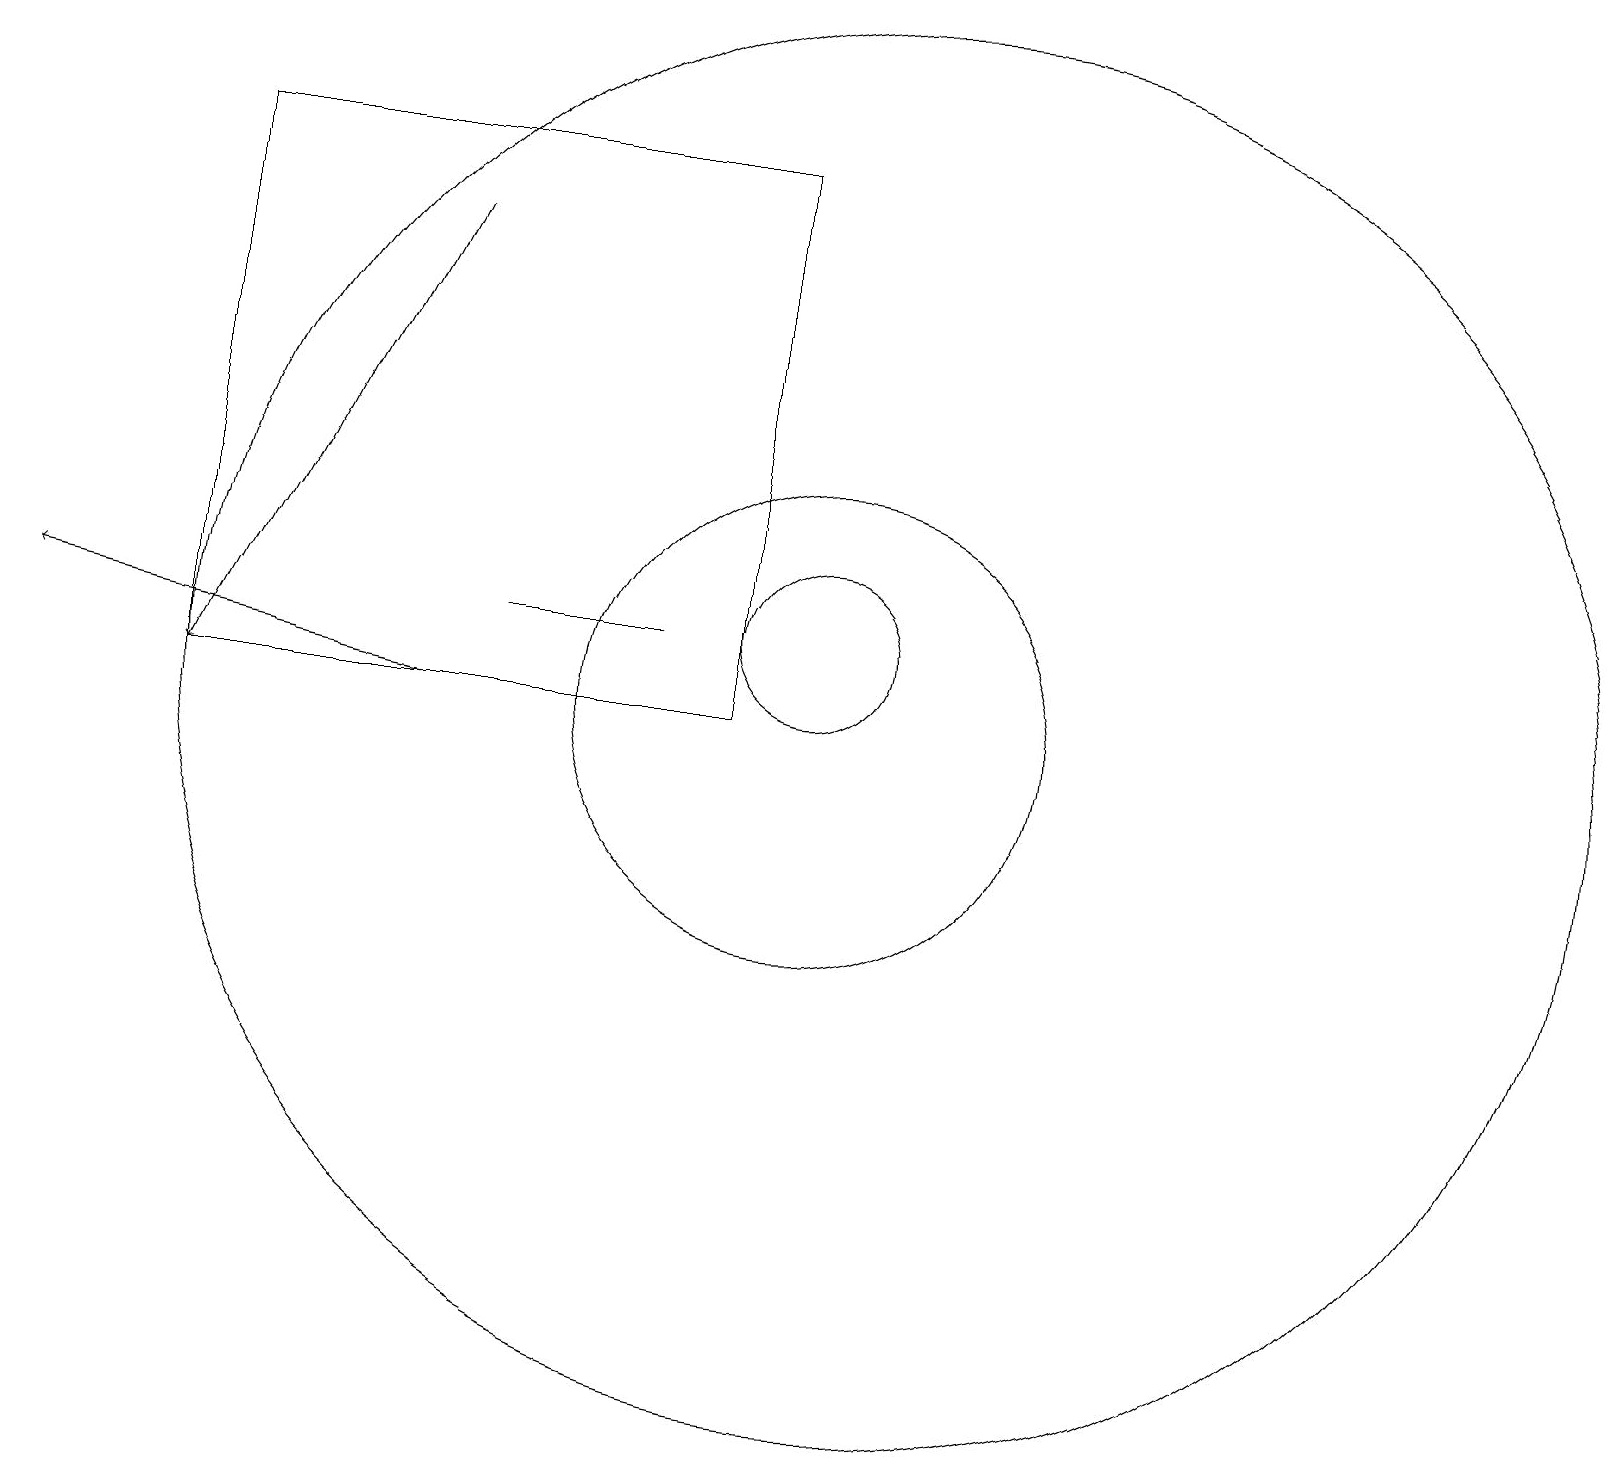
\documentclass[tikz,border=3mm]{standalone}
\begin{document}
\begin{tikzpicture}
\draw (10,11) circle (1);
\draw (10,10) circle (3);
\draw[->] (5,16) -- (2,10);
\draw (11,10) circle (9);
\draw (9,17) rectangle (2,10);
\draw[->] (5,10) -- (0,11);
\draw (8,11) rectangle (6,11);
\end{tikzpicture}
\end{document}